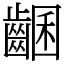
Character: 𪘩